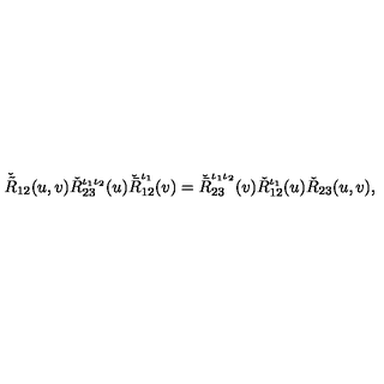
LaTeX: \check { \tilde { R } } _ { 1 2 } ( u , v ) \check { R } _ { 2 3 } ^ { \iota _ { 1 } \iota _ { 2 } } ( u ) \check { \bar { R } } _ { 1 2 } ^ { \iota _ { 1 } } ( v ) = \check { \bar { R } } _ { 2 3 } ^ { \iota _ { 1 } \iota _ { 2 } } ( v ) \check { R } _ { 1 2 } ^ { \iota _ { 1 } } ( u ) \check { R } _ { 2 3 } ( u , v ) ,